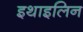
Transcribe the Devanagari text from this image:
इथाइलिन